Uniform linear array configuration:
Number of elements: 12
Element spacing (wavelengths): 0.25
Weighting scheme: blackman
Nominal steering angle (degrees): -30
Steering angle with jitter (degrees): -28.024
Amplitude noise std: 0.05
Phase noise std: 0.05

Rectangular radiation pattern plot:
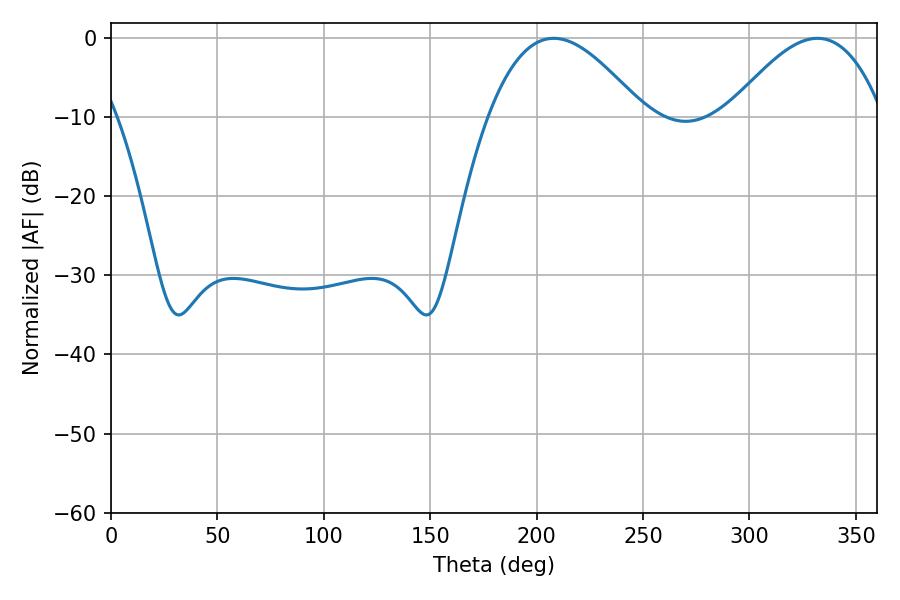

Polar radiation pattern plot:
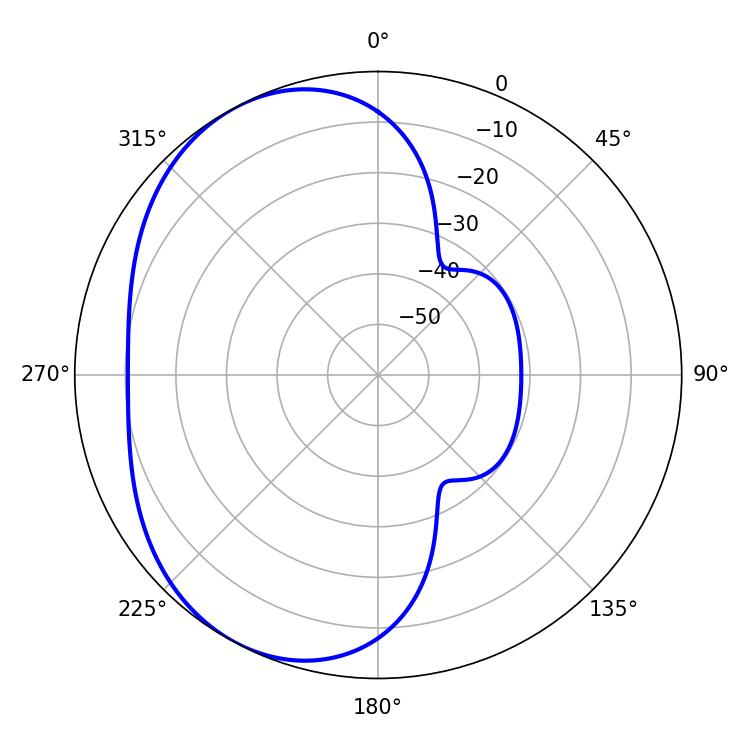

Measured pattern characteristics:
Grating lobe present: FALSE
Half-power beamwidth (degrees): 39.42
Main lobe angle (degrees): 208.08